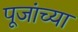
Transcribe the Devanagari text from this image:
पूजांच्या